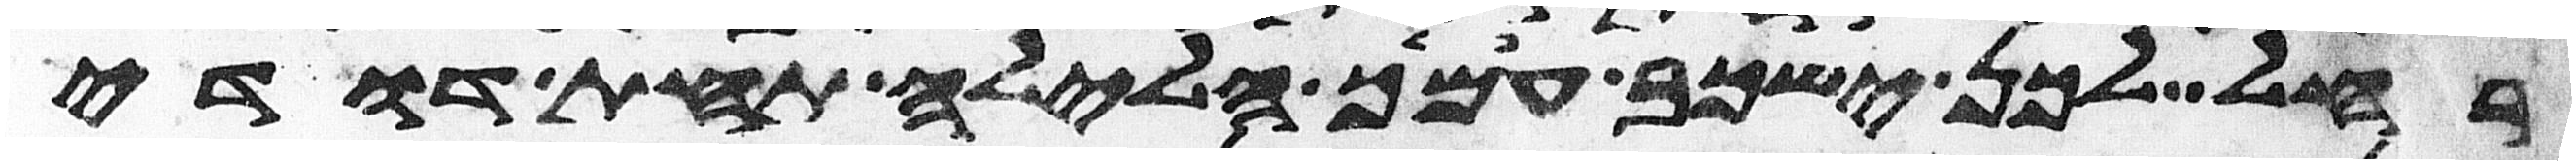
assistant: רחל לכן ישכב עמיך הלילה תחת דודי